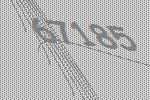
67185